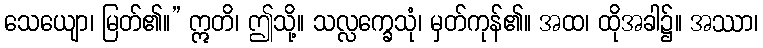
သေယျော၊ မြတ်၏။” ဣတိ၊ ဤသို့။ သလ္လက္ခေသုံ၊ မှတ်ကုန်၏။ အထ၊ ထိုအခါ၌။ အဿာ၊